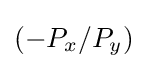
(-P_{x}/P_{y})